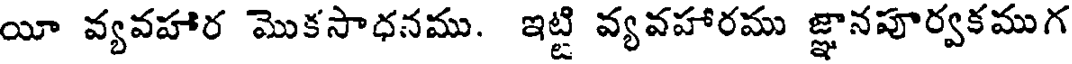
యీ వ్యవహార మొకసాధనము. ఇట్టి వ్యవహారము జ్ఞానపూర్వకముగ